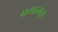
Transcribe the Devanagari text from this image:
प्रमात्मक